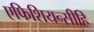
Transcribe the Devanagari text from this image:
एफिशियन्सीहि